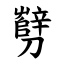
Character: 㔎